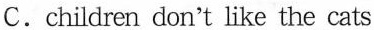
C.children don't like the cats